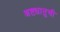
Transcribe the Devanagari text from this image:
अष्टधातुची